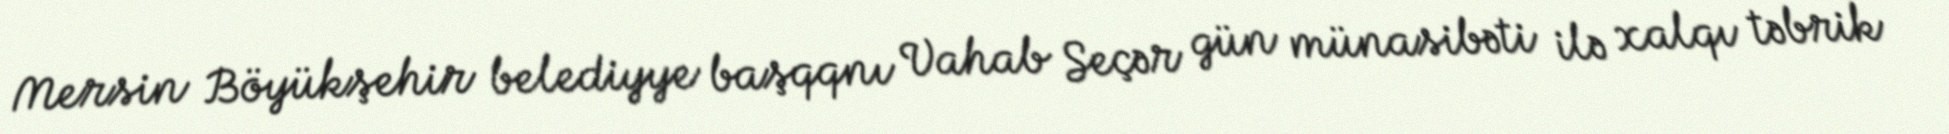
Mersin Böyükşehir belediyye başqqnı Vahab Seçər gün münasibəti ilə xalqı təbrik